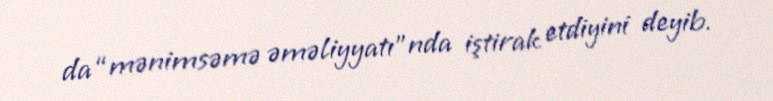
da “mənimsəmə əməliyyatı”nda iştirak etdiyini deyib.